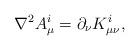
LaTeX: \begin{align*}\nabla ^2A_\mu ^i=\partial _\nu K_{\mu \nu }^i, \end{align*}